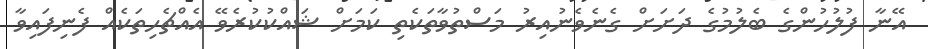
އޭނާ ފުލުހުންގެ ބެލުމުގެ ދަށަށް ގެނެވެނުއިރު މަސްތުވާތަކެތި ކަމަށް ޝައްކުކުރެވޭ އެއްޗެހިތަކެއް ފެނިފައިވާ